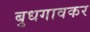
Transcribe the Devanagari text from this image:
बुधगावकर